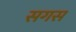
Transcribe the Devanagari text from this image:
सगस